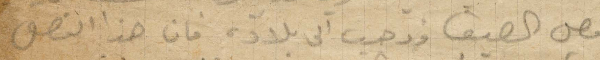
فصل الصيف وذهب الى بلاده فان هذا الفصل